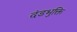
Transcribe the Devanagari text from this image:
दंडभुक्ति